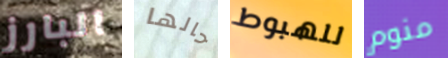
البارز حالها للهبوط منوم